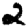
Digit: 2